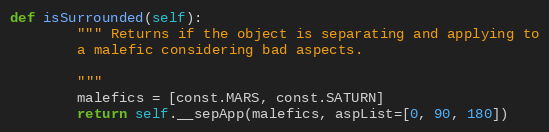
Language: Python
def isSurrounded(self):
        """ Returns if the object is separating and applying to
        a malefic considering bad aspects.

        """
        malefics = [const.MARS, const.SATURN]
        return self.__sepApp(malefics, aspList=[0, 90, 180])